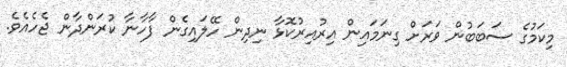
މިކަމުގެ ސަބަބުން ވަރަށް ގިނަމައިން އިރުއިރުކޮޅާ ނިދިން ހޭލައިގެން ފާހާނާ ކުރަންދާން ޖެހެއެވެ.